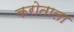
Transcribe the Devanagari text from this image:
करोताला